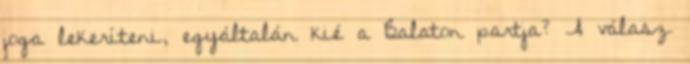
joga lekeríteni, egyáltalán kié a Balaton partja? A válasz